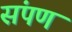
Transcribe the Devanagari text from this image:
संपण